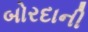
બોરદાની